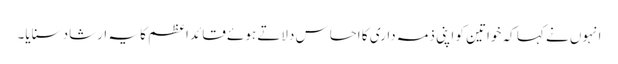
انہوں نے کہا کہ خواتین کو اپنی ذمہ داری کا احساس دلاتے ہوئے قائد اعظم کا یہ ارشاد سنایا۔